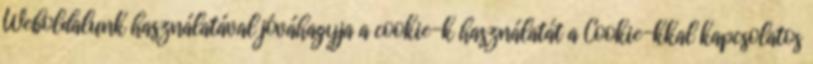
Weboldalunk használatával jóváhagyja a cookie-k használatát a Cookie-kkal kapcsolatos